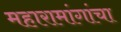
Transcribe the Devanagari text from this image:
महारामांगांचा